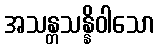
အသန္တသန္နိဝါသော